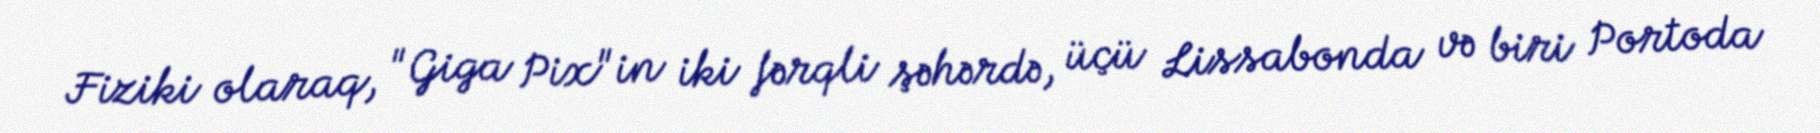
Fiziki olaraq, "Giga Pix"in iki fərqli şəhərdə, üçü Lissabonda və biri Portoda